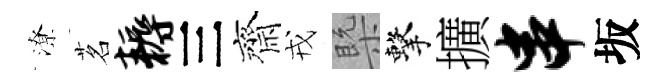
潦茗耨三齊戎槩擊擴串坂